Reports on dispensaries and lunatic asylums in the Province of Oudh - 1869-1876
Year: 1869
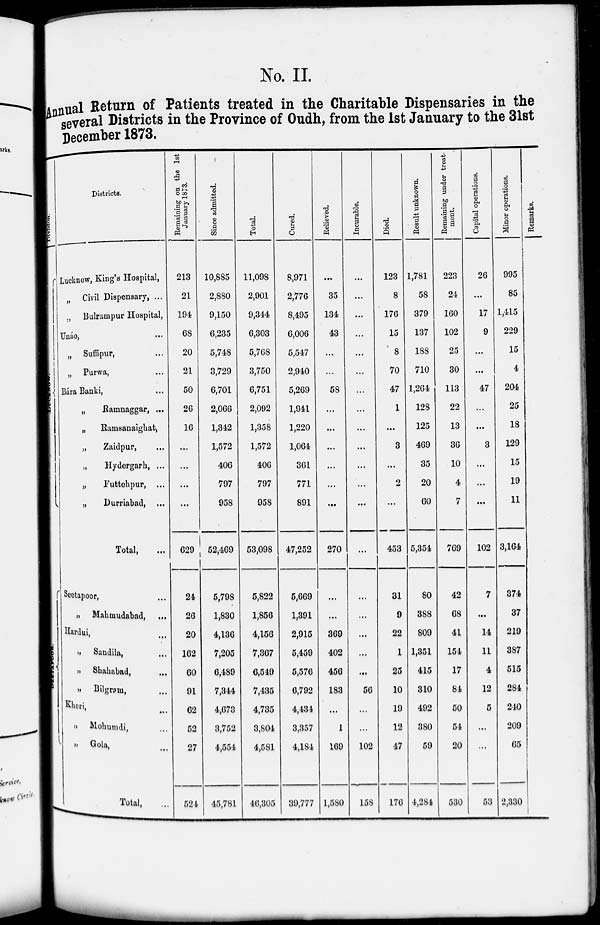
No. II.
Annual Return of Patients treated in the Charitable Dispensaries in the
several Districts in the Province of Oudh, from the 1st January to the 31st
December 1873.
Division.
LUCKNOW
SEETAPOOR.
Districts.
Lucknow, King's Hospital,
„ Civil Dispensary, ...
„ Bulrampur Hospital,
„ Unáo,
...
„ Suffipur, ...
„ Purwa, ...
Bára Banki, ...
„ Ramnaggar, ...
„
Ramsanaighat,
„
Zaidpur,
„
Hydergarh, ...
„
Futtehpur, ...
„
Durriabad, ...
Total, ...
Seetapoor, ...
„ Mahmudabad,
...
Hardai, ...
„ Sandila, ...
„ Shahabad, ...
„ Bilgram, ...
Kheri,
...
„ Mohumdi, ...
„
Gola,
...
Total, ...
Remaining
on the 1st
January 1873.
213
21
194
68
20
21
50
26
16
...
...
...
...
629
24
26
20
162
60
91
62
52
27
524
Since admitted.
10,885
2,880
9,150
6,235
5,748
3,729
6,701
2,066
1,342
1,572
406
797
958
52,469
5,798
1,830
4,136
7,205
6,489
7,344
4,673
3,752
4,554
45,781
Total.
11,098
2,901
9,344
6,303
5,768
3,750
6,751
2,092
1,358
1,572
406
797
958
53,098
5,822
1,856
4,156
7,367
6,549
7,435
4,735
3,804
4,581
46,305
Cured.
8,971
2,776
8,495
6,006
5,547
2,940
5,269
1,941
1,220
1,064
361
771
891
47,252
5,669
1,391
2,915
5,459
5,576
6,792
4,434
3,357
4,184
39,777
Relieved.
...
35
134
43
...
...
58
...
...
...
...
...
...
270
...
...
369
402
456
183
...
1
169
1,580
Incurable.
...
...
...
...
...
...
...
...
...
...
...
...
...
...
...
...
...
...
...
56
...
...
102
158
Died.
123
8
176
15
8
70
47
1
...
3
...
2
...
453
31
9
22
1
25
10
19
12
47
176
Result unknown.
1,781
58
379
137
188
710
1,264
128
125
469
35
20
60
5,354
80
388
809
1,351
415
310
492
380
59
4,284
Remaining under treat-
ment.
223
24
160
102
25
30
113
22
13
36
10
4
7
769
42
68
41
154
17
84
50
54
20
530
Capital operations.
26
...
17
9
...
...
47
...
...
3
...
...
...
102
7
...
14
11
4
12
5
...
...
53
Minor operations.
995
85
1,415
229
15
4
204
25
18
129
15
19
11
3,164
374
37
219
387
515
284
240
209
65
2,330
Remarks.